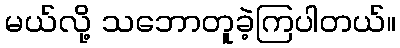
မယ်လို့ သဘောတူခဲ့ကြပါတယ်။